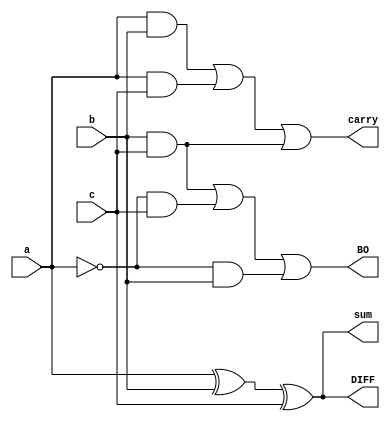
module fulladdsub(a,b,c,sum,carry,BO,DIFF);
input a,b,c;
output sum,carry,BO,DIFF;
assign sum=a^b^c;
assign carry= a&b | a&c | b&c;
wire a0;
not (a0,a);
assign BO= b&c | a0&c | a0&b;
assign DIFF=a^b^c;
endmodule